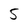
Character: 5